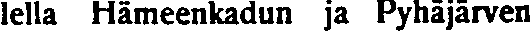
lella Hämeenkadun ja Pyhäjärven